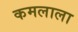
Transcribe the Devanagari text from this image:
कमलाला